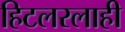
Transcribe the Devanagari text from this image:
हिटलरलाही